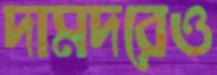
দামদরেও